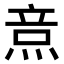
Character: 𤉿